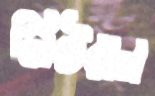
নিউরাল